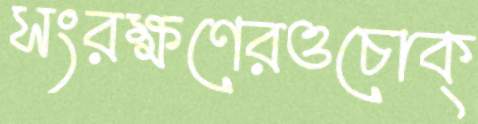
সংরক্ষণেরওচোক্